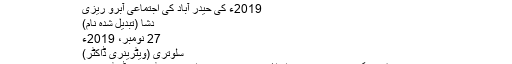
2019ء کی حیدر آباد کی اجتماعی آبرو ریزی - آزاد دائرۃ المعارف، ویکیپیڈیا
2019ء کی حیدر آباد کی اجتماعی آبرو ریزی
دِشا (تبدیل شدہ نام)
27 نومبر، 2019ء
سلوتری (ویٹرینری ڈاکٹر)
دِشا (نام بدل دیا گیا ہے) ایک 27 سالہ لڑکی تھی جو ایک سلوتری (ویٹرینری ڈاکٹر) تھی۔